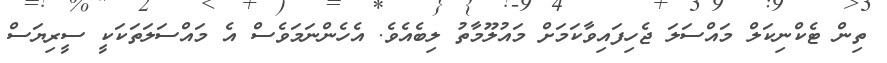
ތިން ޓެކްނިކަލް މައްސަލަ ޖެހިފައިވާކަމަށް މައުލޫމާތު ލިބެއެވެ. އެހެންނަމަވެސް އެ މައްސަލަތަކަކީ ސީރިޔަސް